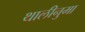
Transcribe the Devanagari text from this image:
थालीनुमा